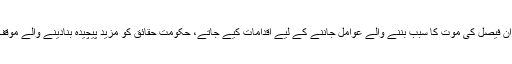
بجائے اس کے کہ کامران فیصل کی موت کا سبب بننے والے عوامل جاننے کے لیے اقدامات کیے جاتے، حکومت حقائق کو مزید پیچیدہ بنادینے والے موقف کے ساتھ نمودار ہوئی۔